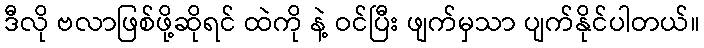
ဒီလို ဗလာဖြစ်ဖို့ဆိုရင် ထဲကို နဲ့ ဝင်ပြီး ဖျက်မှသာ ပျက်နိုင်ပါတယ်။